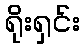
ရိုးရှင်း